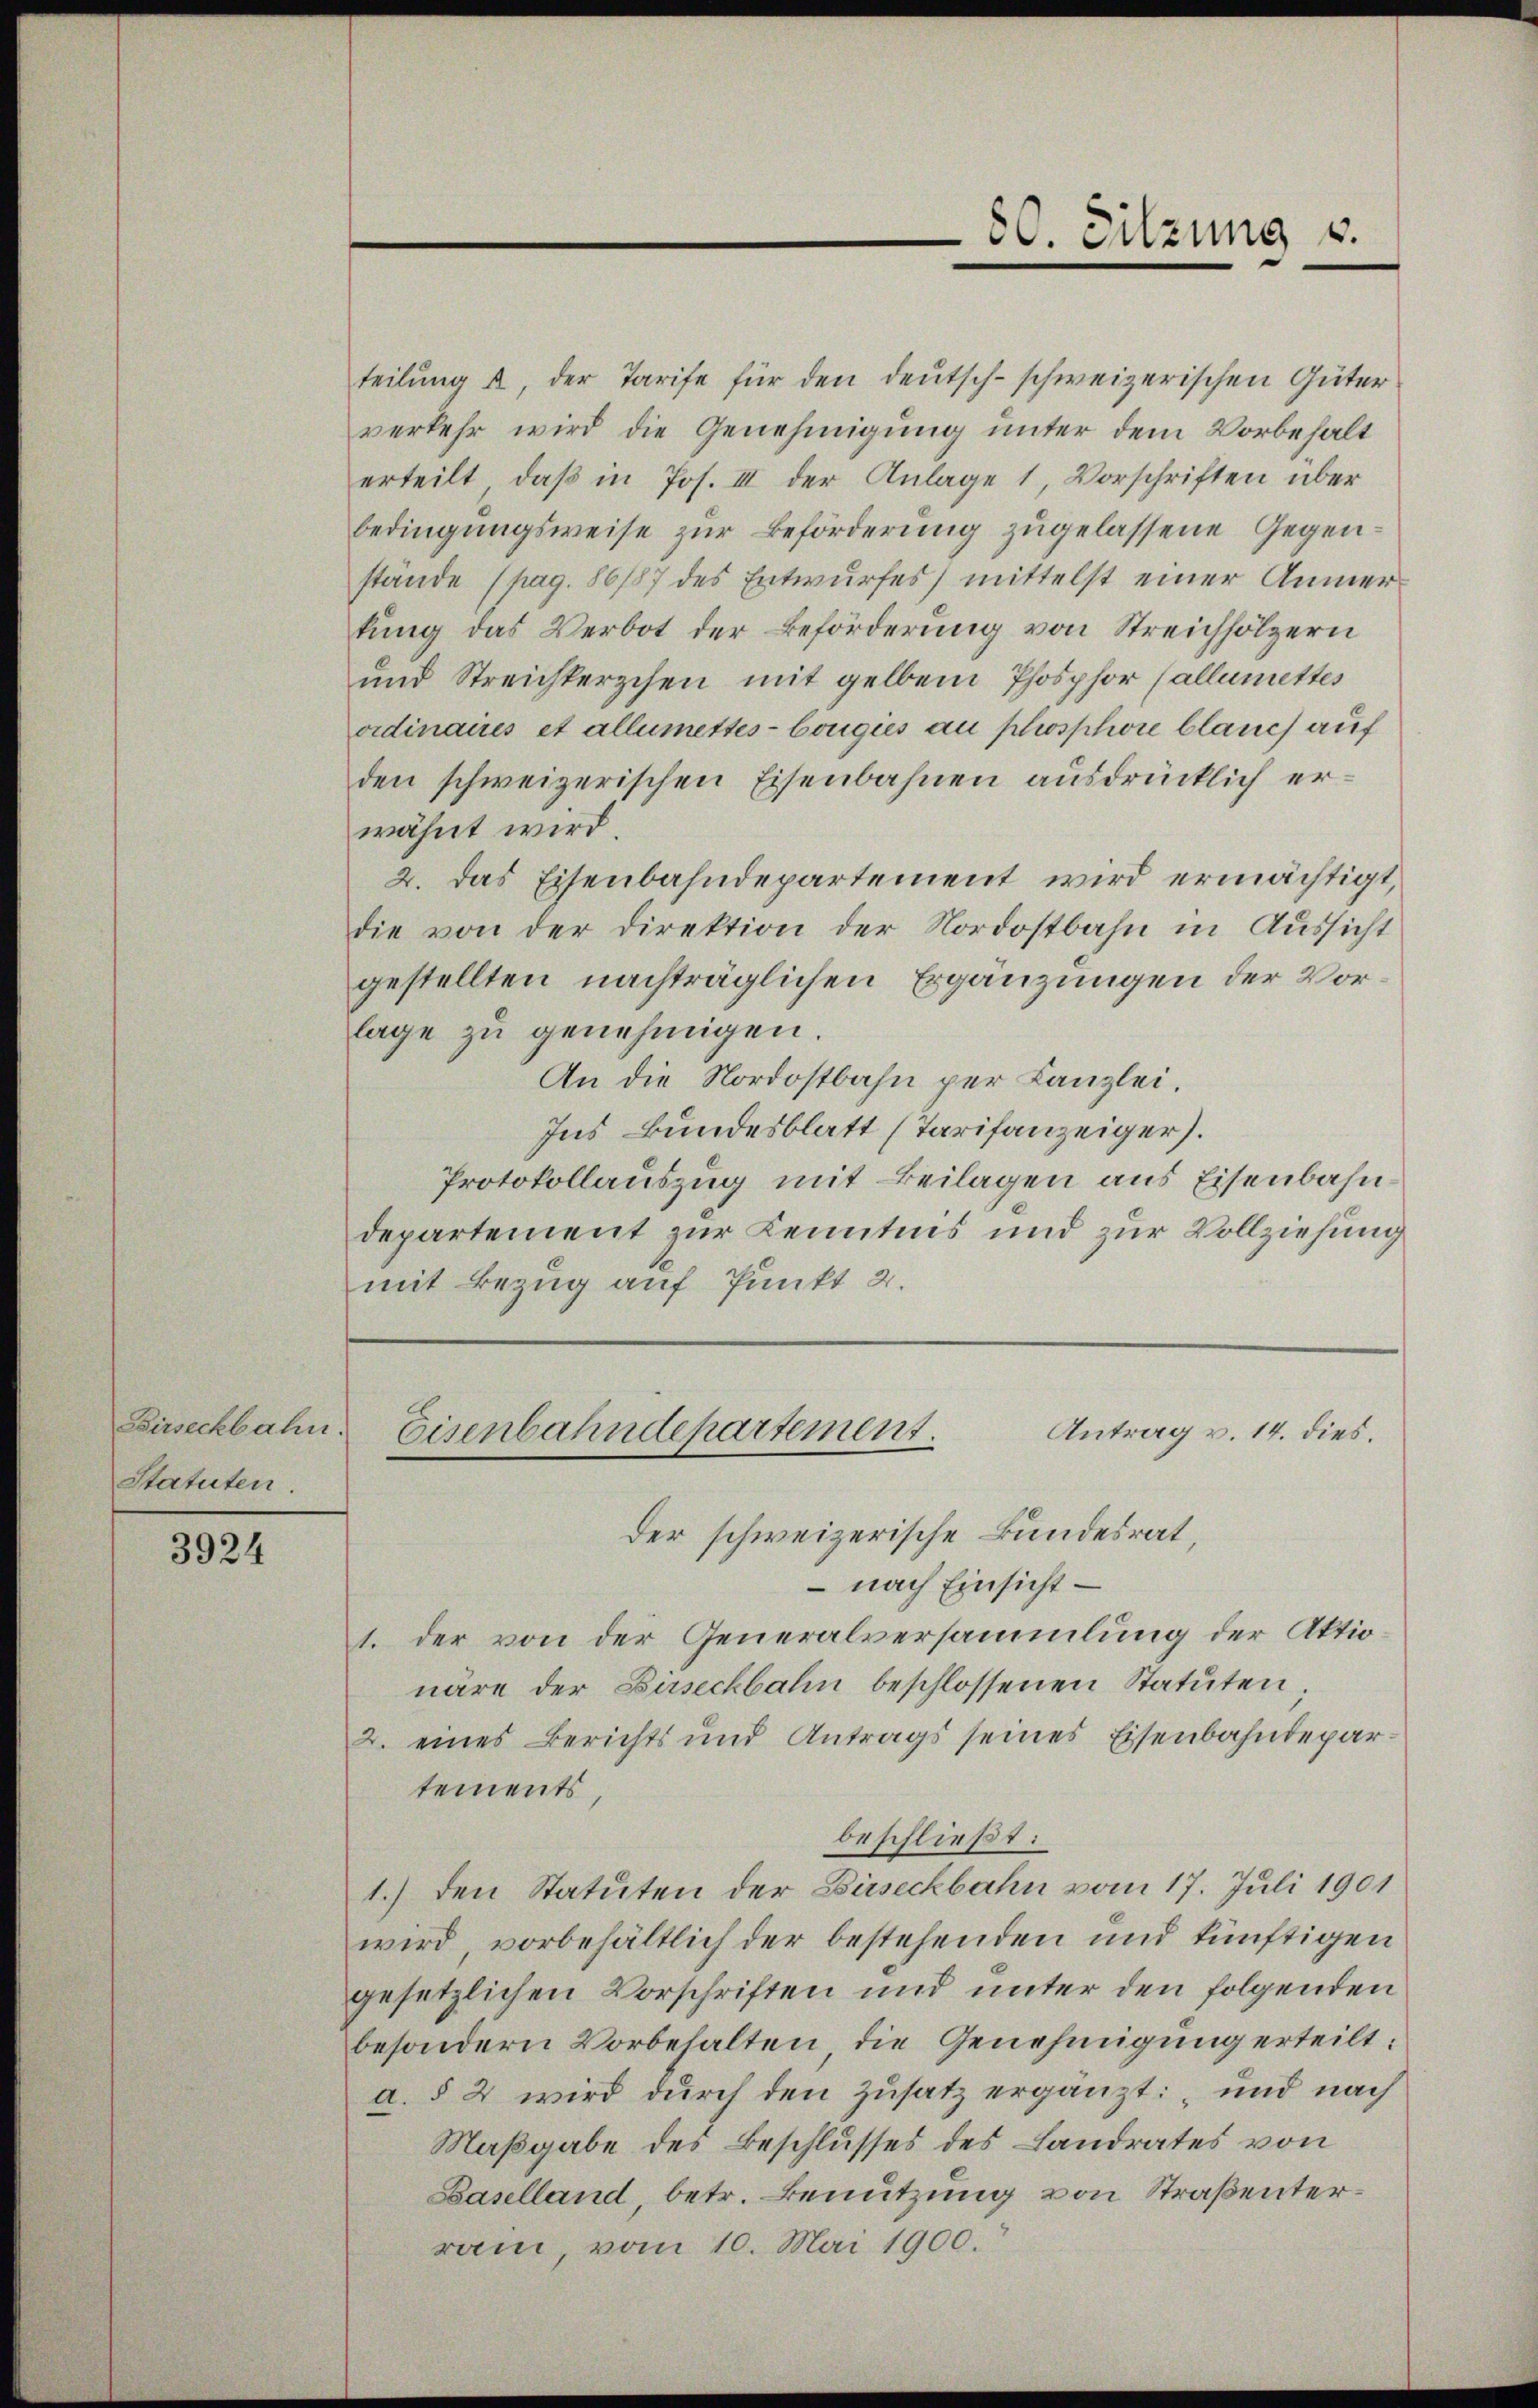
Birseckbahn.
Statuten.

3924

80. Sitzung u.

teilŭng u. der Tarife für den deutsch-schweizerischen Güter
verkehr wird die Genehmigung unter dem Vorbehalt
erteilt, daß in Jos. III der Anlage 1, Vorschriften über
bedingungsweise zur Beförderung zugelassene Gegenstände (pag. 86187 des Entwurfes) mittelst einer Anmerkung das Verbot der Beförderung von Streichhölzern
und Streichterschen mit gelben Phosphor allemettes
ordinaires et allemettes- bougies au phosphore blauch auf
den schweizerischen Eisenbahnen ausdrücklich erwähnt wird.
2. Das Eisenbahndepartement wird ermächtigt,
die von der Direktion der Nordostbahn in Aussicht
gestellten nachträglichen Ergänzungen der Vorlage zu genehmigen.
An die Nordostbahn per Kanzlei.
Ins Bundesblatt (Tarifanzeiger.
Protokollauszug mit Beilagen aus Eisenbahndepartement zur Kenntnis und zur Vollziehung
mit Bezug auf Punkt 2.

Antrag v. 14. dies.
Eisenbahndepartement.
der schweizerische Bundesrat,

– nach Einsicht –
1. der von der Generalversammlung der Aktio
näre der Birseckbahin beschlossenen Statuten
2. eines Berichts und Antrags seines Eisenbahndepartements
beschließt:
1.) den Statuten der Buseckbahn vom 17. Juli 1901
wird, vorbehältlich der bestehenden und künftigen
gesetzlichen Vorschriften und unter den folgenden
besondern Vorbehalten die Genehmigung erteilt:
a. § 2 wird durch den Zusatz ergänzt: „und nach
Maßgabe des Beschlusses des Landrates von
Baselland, betr. Benutzung von Straßenterrain, vom 10. Mai 1900.